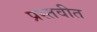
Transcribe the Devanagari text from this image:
प्रस्तवीत